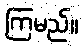
ကြမည်။